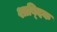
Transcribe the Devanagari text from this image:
शाबि्दक